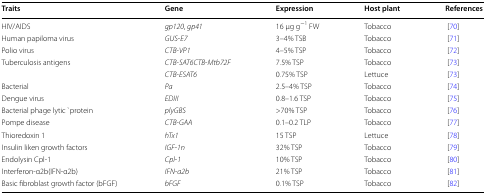
<table><thead><tr><td><b>Traits</b></td><td><b>Gene</b></td><td><b>Expression</b></td><td><b>Host plant</b></td><td><b>References</b></td></tr></thead><tbody><tr><td>HIV/AIDS</td><td><i>gp120</i>, <i>gp41</i></td><td>16 μg g<sup>−1</sup> FW</td><td>Tobacco</td><td>[70]</td></tr><tr><td>Human papiloma virus</td><td><i>GUS</i>-<i>E7</i></td><td>3–4% TSB</td><td>Tobacco</td><td>[71]</td></tr><tr><td>Polio virus</td><td><i>CTB</i>-<i>VP1</i></td><td>4–5% TSP</td><td>Tobacco</td><td>[72]</td></tr><tr><td rowspan="2">Tuberculosis antigens</td><td><i>CTB</i>-<i>SAT6CTB</i>-<i>Mtb72F</i></td><td>7.5% TSP</td><td>Tobacco</td><td>[73]</td></tr><tr><td><i>CTB</i>-<i>ESAT6</i></td><td>0.75% TSP</td><td>Lettuce</td><td>[73]</td></tr><tr><td>Bacterial</td><td><i>Pa</i></td><td>2.5–4% TSP</td><td>Tobacco</td><td>[74]</td></tr><tr><td>Dengue virus</td><td><i>EDIII</i></td><td>0.8–1.6 TSP</td><td>Tobacco</td><td>[75]</td></tr><tr><td>Bacterial phage lytic `protein</td><td><i>plyGBS</i></td><td>&gt;70% TSP</td><td>Tobacco</td><td>[76]</td></tr><tr><td>Pompe disease</td><td><i>CTB</i>-<i>GAA</i></td><td>0.1–0.2 TLP</td><td>Tobacco</td><td>[77]</td></tr><tr><td>Thioredoxin 1</td><td><i>hTx1</i></td><td>15 TSP</td><td>Lettuce</td><td>[78]</td></tr><tr><td>Insulin liken growth factors</td><td><i>IGF</i>-<i>1n</i></td><td>32% TSP</td><td>Tobacco</td><td>[79]</td></tr><tr><td>Endolysin Cpl-1</td><td><i>Cpl</i>-<i>1</i></td><td>10% TSP</td><td>Tobacco</td><td>[80]</td></tr><tr><td>Interferon-α2b(IFN-α2b)</td><td><i>IFN</i>-<i>a2b</i></td><td>21% TSP</td><td>Tobacco</td><td>[81]</td></tr><tr><td>Basic fibroblast growth factor (bFGF)</td><td><i>bFGF</i></td><td>0.1% TSP</td><td>Tobacco</td><td>[82]</td></tr></tbody></table>